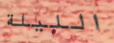
الليلة